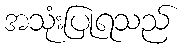
အသုံးပြုရသည်